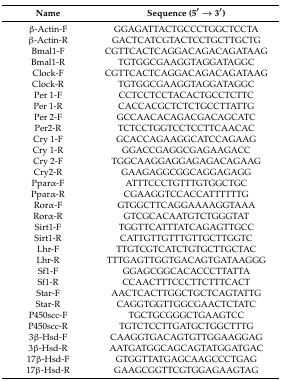
| Name | Sequence (5′ → 3′) |
 | --- | --- |
 | β-Actin-F | GGAGATTACTGCCCTGGCTCCTA |
 | β-Actin-R | GACTCATCGTACTCCTGCTTGCTG |
 | Bmal1-F | CGTTCACTCAGGACAGACAGATAAG |
 | Bmal1-R | TGTGGCGAAGGTAGGATAGGC |
 | Clock-F | CGTTCACTCAGGACAGACAGATAAG |
 | Clock-R | TGTGGCGAAGGTAGGATAGGC |
 | Per 1-F | CCTCCTCCTACACTGCCTCTTC |
 | Per 1-R | CACCACGCTCTCTGCCTTATTG |
 | Per 2-F | GCCAACACAGACGACAGCATC |
 | Per2-R | TCTCCTGGTCCTCCTTCAACAC |
 | Cry 1-F | GCACCAGAAGGCATCCAGAAG |
 | Cry 1-R | GGACCGAGGCGAGAAGACC |
 | Cry 2-F | TGGCAAGGAGGAGAGACAGAAG |
 | Cry2-R | GAAGAGGCGGCAGGAGAGG |
 | Pparα-F | ATTTCCCTGTTTGTGGCTGC |
 | Pparα-R | CGAAGGTCCACCATTTTTTG |
 | Rorα-F | GTGGCTTCAGGAAAAGGTAAA |
 | Rorα-R | GTCGCACAATGTCTGGGTAT |
 | Sirt1-F | TGGTTCATTTATCAGAGTTGCC |
 | Sirt1-R | CATTGTTGTTTGTTGCTTGGTC |
 | Lhr-F | TTGTCGTCATCTGTGCTTGCTAC |
 | Lhr-R | TTTGAGTTGGTGACAGTGATAAGGG |
 | Sf1-F | GGAGCGGCACACCCTTATTA |
 | Sf1-R | CCAACTTTCCCTTCTTTCACT |
 | Star-F | AACTCACTTGGCTGCTCAGTATTG |
 | Star-R | CAGGTGGTTGGCGAACTCTATC |
 | P450scc-F | TGCTGCGGGCTGAAGTCC |
 | P450scc-R | TGTCTCCTTGATGCTGGCTTTG |
 | 3β-Hsd-F | CAAGGTGACAGTGTTGGAAGGAG |
 | 3β-Hsd-R | AATGATGGCAGCAGTATGGATGAC |
 | 17β-Hsd-F | GTGGTTATGAGCAAGCCCTGAG |
 | 17β-Hsd-R | GAAGCGGTTCGTGGAGAAGTAG |